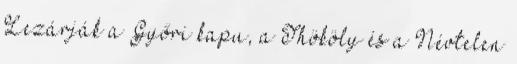
Lezárják a Győri kapu, a Thököly és a Névtelen